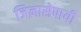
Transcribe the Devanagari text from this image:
जिज्ञासेपायी